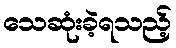
သေဆုံးခဲ့ရသည့်